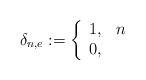
LaTeX: \begin{align*}\delta_{n,e} := \left\{ \begin{array}{ll} 1, & n\\ 0, & \end{array} \right. \end{align*}